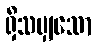
ရှိသမျှသော